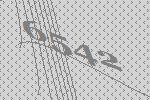
6542